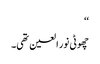
‘‘
چھوٹی نور العین تھی۔